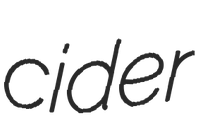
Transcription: cider